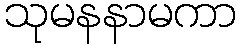
သုမနနာမကာ